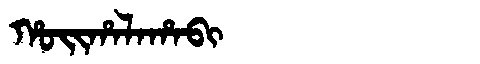
Manchu: ᡥᠣᡳᡥᠠᠯᠠᡥᠠᠪᡳ
Romanization: HOIHALAHABI